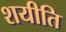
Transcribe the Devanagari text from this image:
शयीति